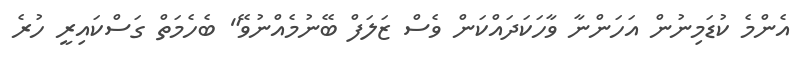
އެންމެ ކުޑަމިނުން އަހަންނާ ވާހަކަދައްކަން ވެސް ޒަލަފް ބޭނުމެއްނުވޭ" ބެހެމަތް ގަސްކައިރީ ހުރެ